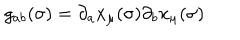
g _ { a b } ( \sigma ) = \partial _ { a } x _ { \mu } ( \sigma ) \partial _ { b } x _ { \mu } ( \sigma )